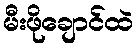
မီးဖိုချောင်ထဲ